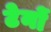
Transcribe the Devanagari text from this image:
टेनों